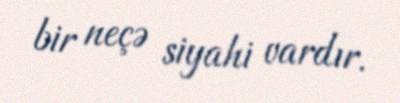
bir neçə siyahi vardır.